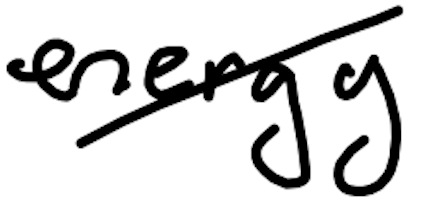
Text: energy
Cross-out: diagonal
Writing tool: digital_black